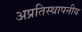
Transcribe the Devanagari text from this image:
अप्रतिस्थापनीय